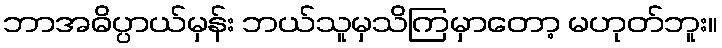
ဘာအဓိပ္ပာယ်မှန်း ဘယ်သူမှသိကြမှာတော့ မဟုတ်ဘူး။